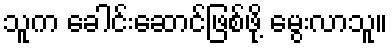
သူက ခေါင်းဆောင်ဖြစ်ဖို့ မွေးလာသူ။